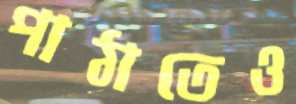
পাঠাতেও